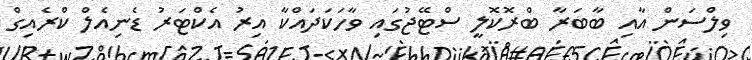
ވިލްސަން އާއި ބާބަރާ ބްރޮކޮލީ ސްޓޭޖުގައި ވާހަކަދައްކާ އިރު އެކްޓަރު ޑެނިއެލް ކްރެއިގް